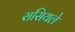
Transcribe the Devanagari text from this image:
रासियले